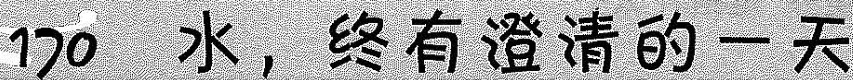
170 水，终有澄清的一天